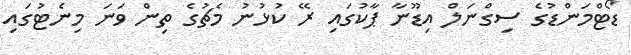
ޑޯޓްމަންޑުގެ ސިގްނަލް އިޑޫނާ ޕާކުގައި ރޭ ކުޅުނު މެޗުގެ ތިން ވަނަ މިނެޓުގައި